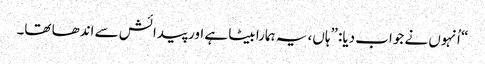
‏“‏ اُنہوں نے جواب دیا:‏ ”‏ہاں،‏ یہ ہمارا بیٹا ہے اور پیدائش سے اندھا تھا۔